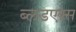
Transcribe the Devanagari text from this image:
ब्लडएक्स